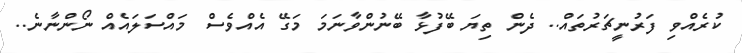
ކުރެއްވި ފަރުނީޗަރުތައް.. ދެން ތިޔަ ބޭފުޅާ ބޭނުންވާނަމަ މަގޭ އެއްވެސް މައްސަލައެއް ނޯންނާނެ..